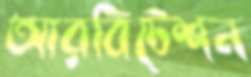
আরবিটেশন